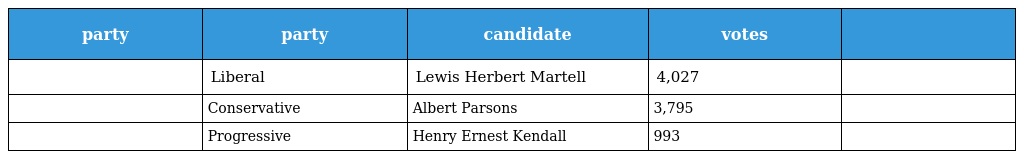
| party | party | candidate | votes |  |
 | --- | --- | --- | --- | --- |
 |  | Liberal | Lewis Herbert Martell | 4,027 |  |
 |  | Conservative | Albert Parsons | 3,795 |  |
 |  | Progressive | Henry Ernest Kendall | 993 |  |